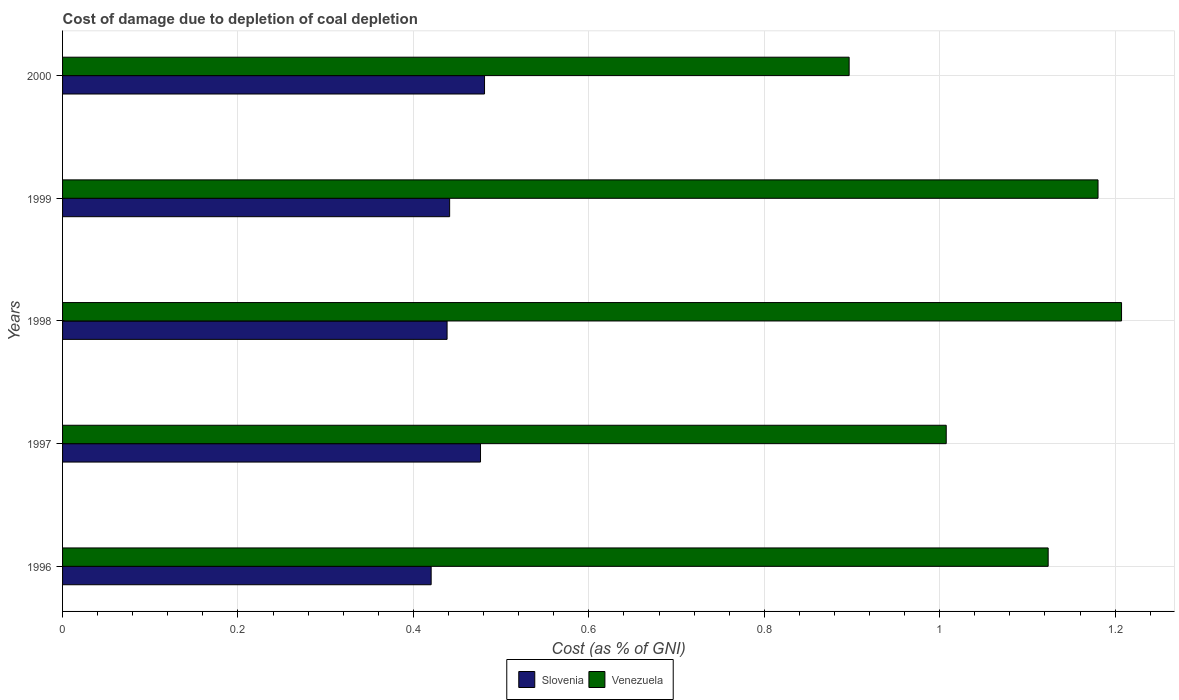
| Years | Slovenia | Venezuela |
 | --- | --- | --- |
 | 1996 | 0.42 | 1.12 |
 | 1997 | 0.477 | 1.01 |
 | 1998 | 0.438 | 1.21 |
 | 1999 | 0.441 | 1.18 |
 | 2000 | 0.481 | 0.897 |